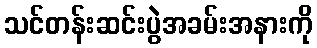
သင်တန်းဆင်းပွဲအခမ်းအနားကို